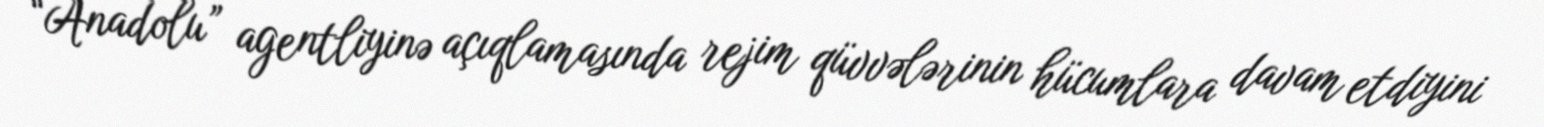
“Anadolu” agentliyinə açıqlamasında rejim qüvvələrinin hücumlara davam etdiyini